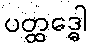
ပတ္ထဒ္ဓေါ